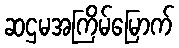
ဆဌမအကြိမ်မြောက်